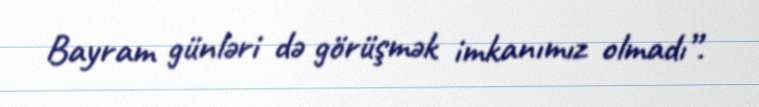
Bayram günləri də görüşmək imkanımız olmadı”.